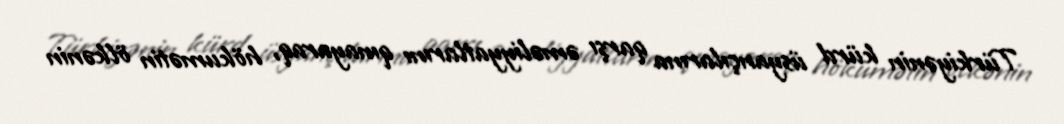
Türkiyənin kürd üsyançılarına qarşı əməliyyatlarını qınayaraq, hökumətin ölkənin